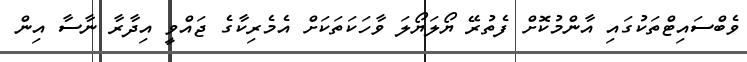
ވެބްސައިޓްތަކުގައި އާންމުކޮށް ފެތުރޭ ޔޯލަޔޯލަ ވާހަކަތަކަށް އެމެރިކާގެ ޖައްވީ އިދާރާ ނާސާ އިން